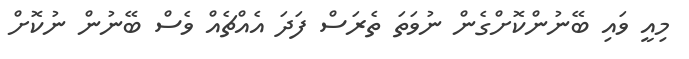
މިއީ ވައި ބޭނުންކޮށްގެން ނުވަތަ ތެރަސް ފަދަ އެއްޗެއް ވެސް ބޭނުން ނުކޮށް